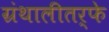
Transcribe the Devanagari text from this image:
ग्रंथालीतर्फे